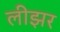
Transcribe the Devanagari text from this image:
लीझर